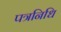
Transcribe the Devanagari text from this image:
पत्रनिधि